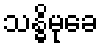
သန္ဓိမုခေ